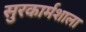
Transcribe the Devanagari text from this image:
सुरकार्मशाला